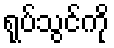
ရုပ်သွင်ကို